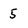
Character: 5